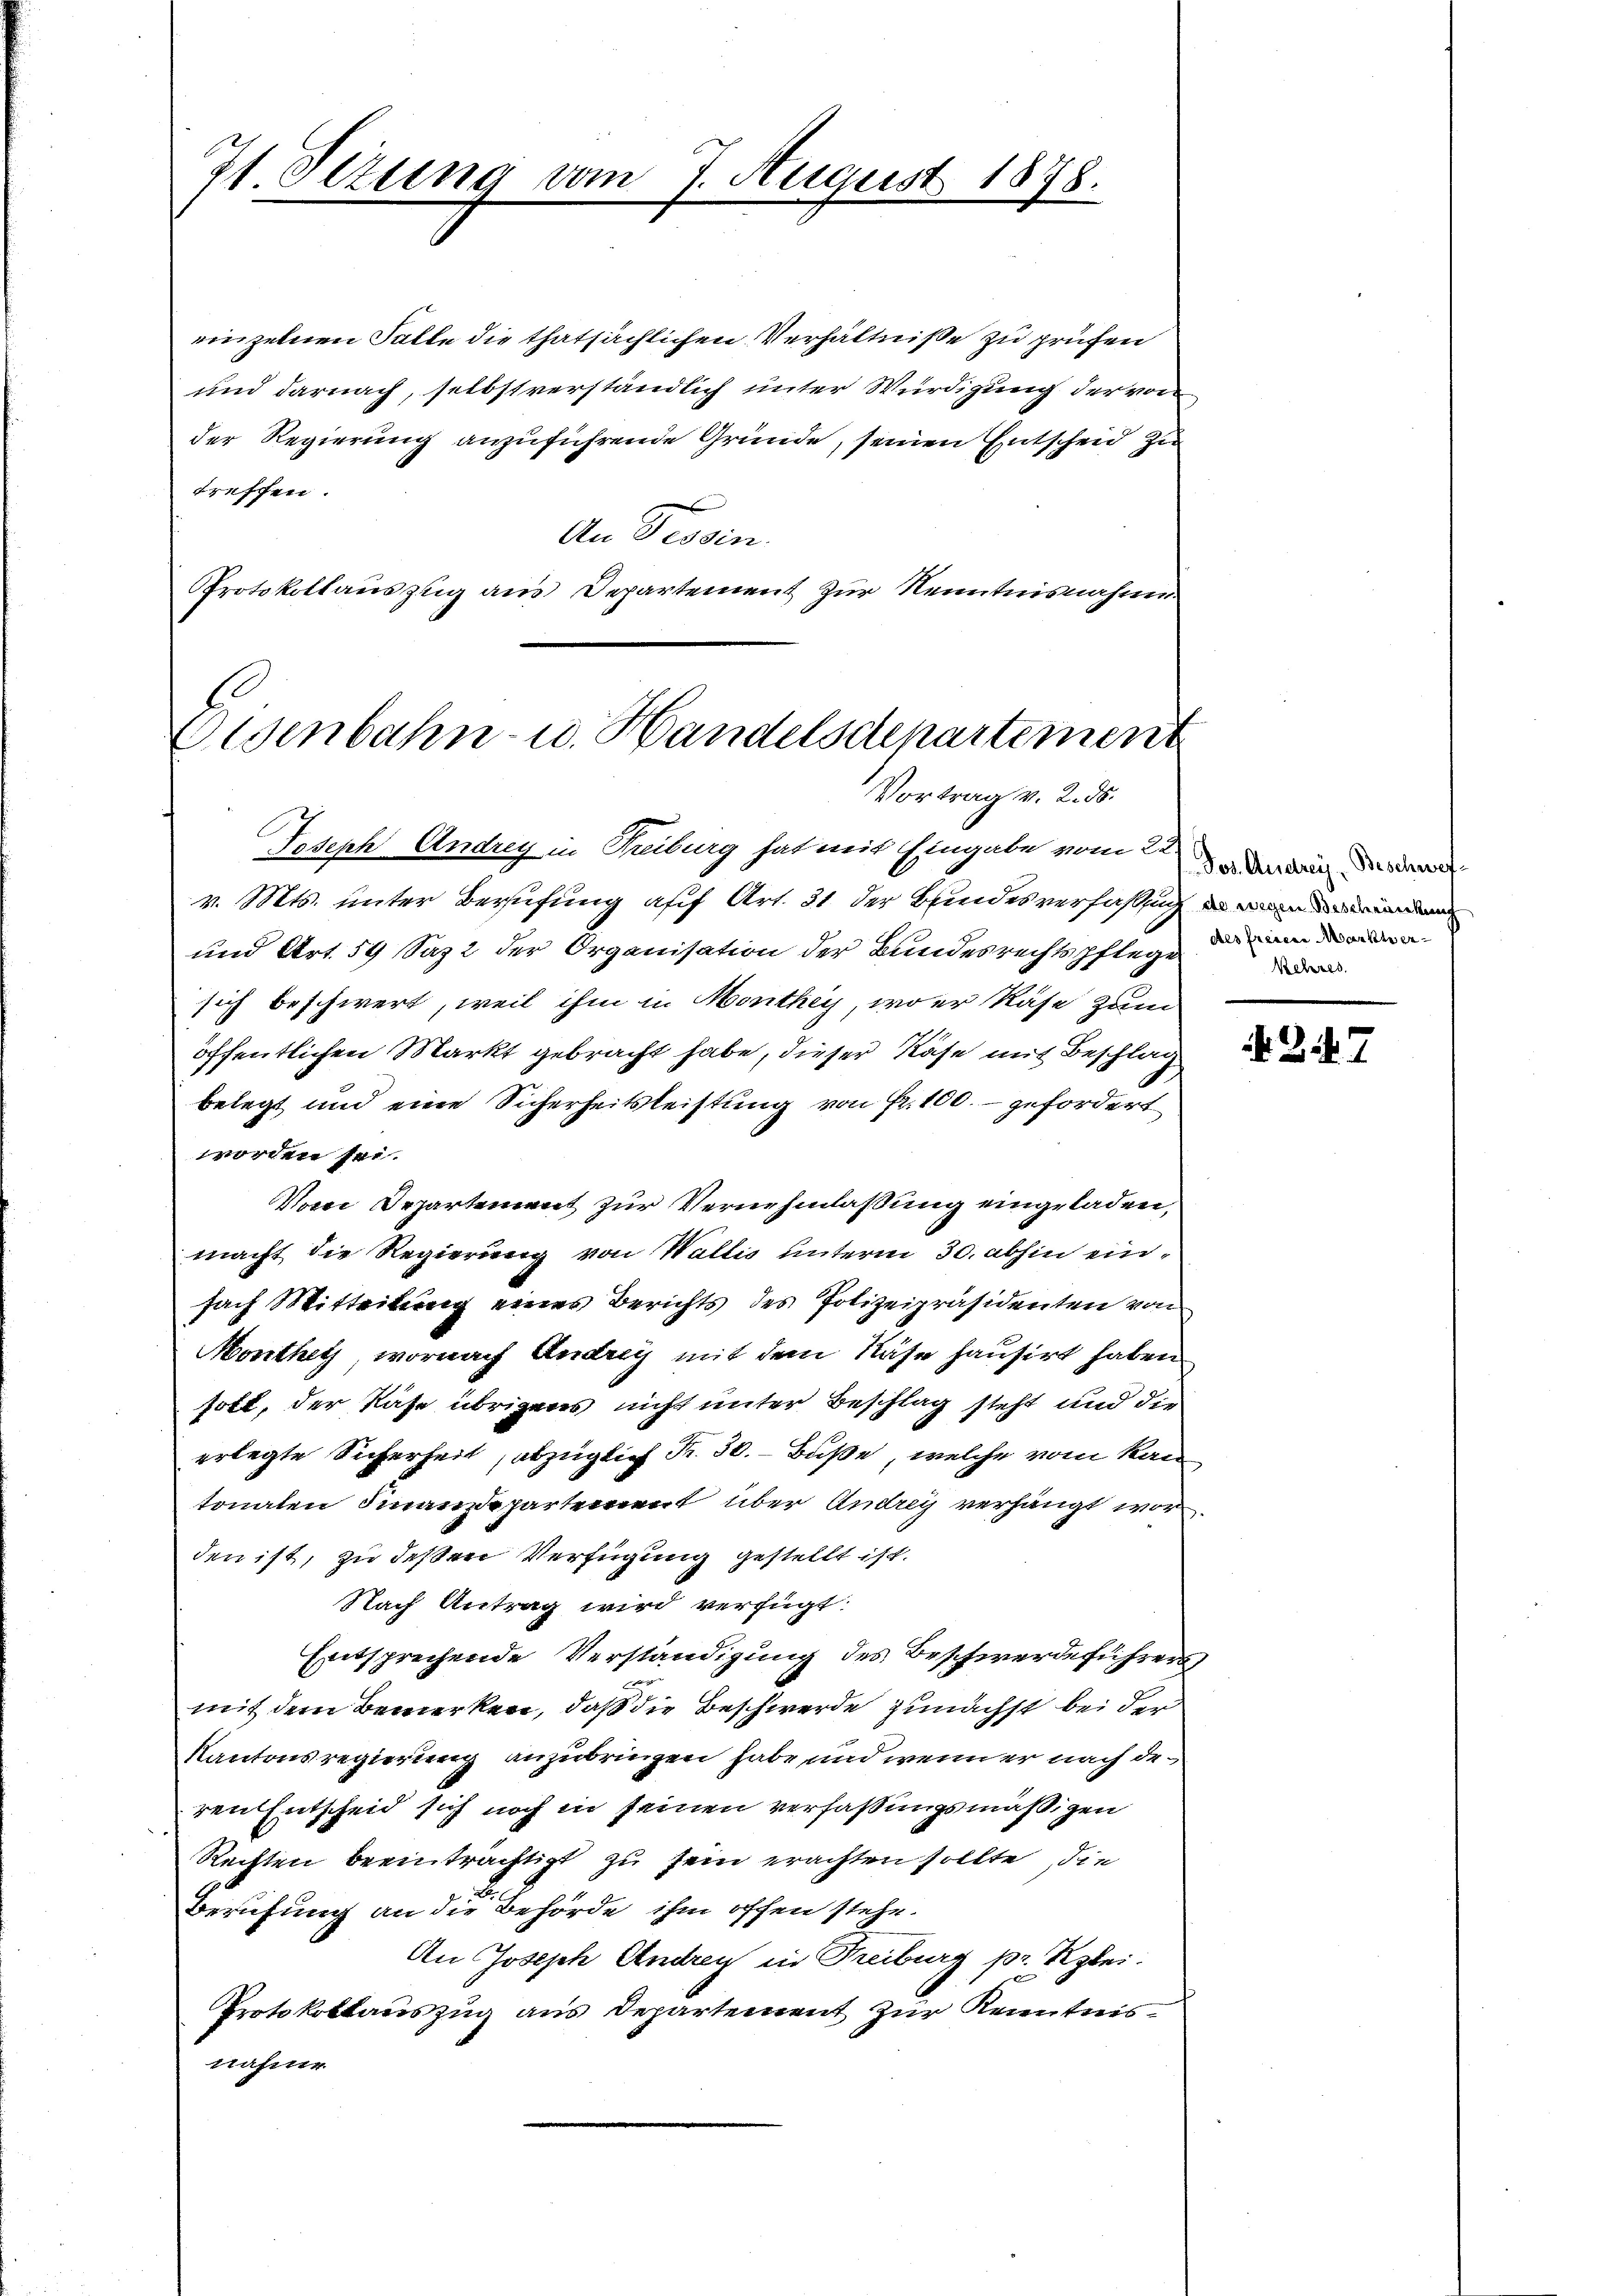
7t Sizung vom 7. Augus

1874.

einzelnen Falle die thatsächlichen Verhältniße zu prüfen
und darnach, selbstverständlich unter Würdigung der von
der Regierung anzuführende Gründe, seinen Entscheid zu
treffen.
An Tessin.
Protokollauszug aus Departement zur Kenntnisnahme

Eisenbahn- u. Handelsdenartement
Vortrag v. 2. ds.

Joseph Andrey in Freiburg hat mit Eingabe vom 22.
v. Mts. unter Berufung auf Art. 31 der Bundesverfassung
und Art. 59 Saz2 der Organisation der Bundesrechtspflege
sich beschwert, weil ihm in Monthey, wo er Käse zum
öffentlichen Markt gebracht habe, dieser Käse mit Beschlag
belegt und eine Sicherheitsleistung von Fr. 100.- gefordert
worden sei.
Vom Departement zur Vernehmlassung eingeladen,
macht die Regierung von Wallis unterm 30. abhin einfach Mitteilung eines Berichts des Polizeipräsidenten von
Monthey, wornach Andrey mit dem Nase hausirt haben.
soll, der Nase übrigens nicht unter Beschlag steht und die
erlegte Sicherheit, abzüglich Fr. 50.- Buße, welche vom kan
tonalen Finanzdepartement über Andrey verhängt wor
den ist, zu deßen Verfügung gestellt ist.
Nach Antrag wird verfügt:
Entsprechende Verständigung des Beschwerdeführers
mit dem Bemerken, daß die Beschwerde zunächst bei der
Kantonsregierung anzubringen habe, und wenn er nach de
ren Entscheid sich noch in seinen verfaßungsmäßigen
Rechten beeinträchtigt zu sein erachten sollte, die
Berufung an die Behörde ihm offen stehe.
An Joseph Andrey in Treiburg pr. Kzlei.
Protokollauszug aus Departement zur Kenntnisnahme

Pos. Andrey Beschwefdes freiere Markt ge¬
Kehres

24